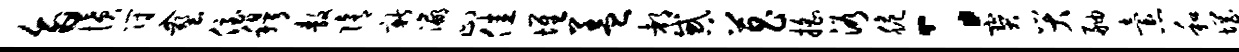
旨愤符入塑侄穆敖隋新瀛止佳堆盖都惑菖摇浴脆：宝哭舳怠和惘